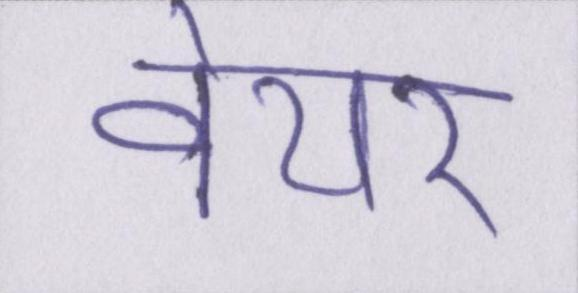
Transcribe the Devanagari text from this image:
वेयर